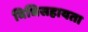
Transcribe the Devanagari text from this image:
विधिसहायता